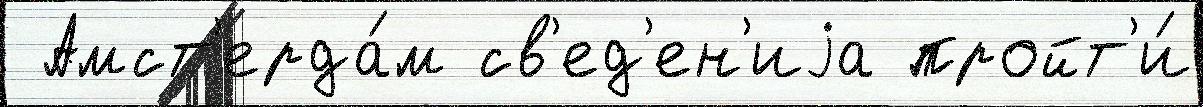
 Амст'ерда́м св'ед'ен'иjа пройт'и́